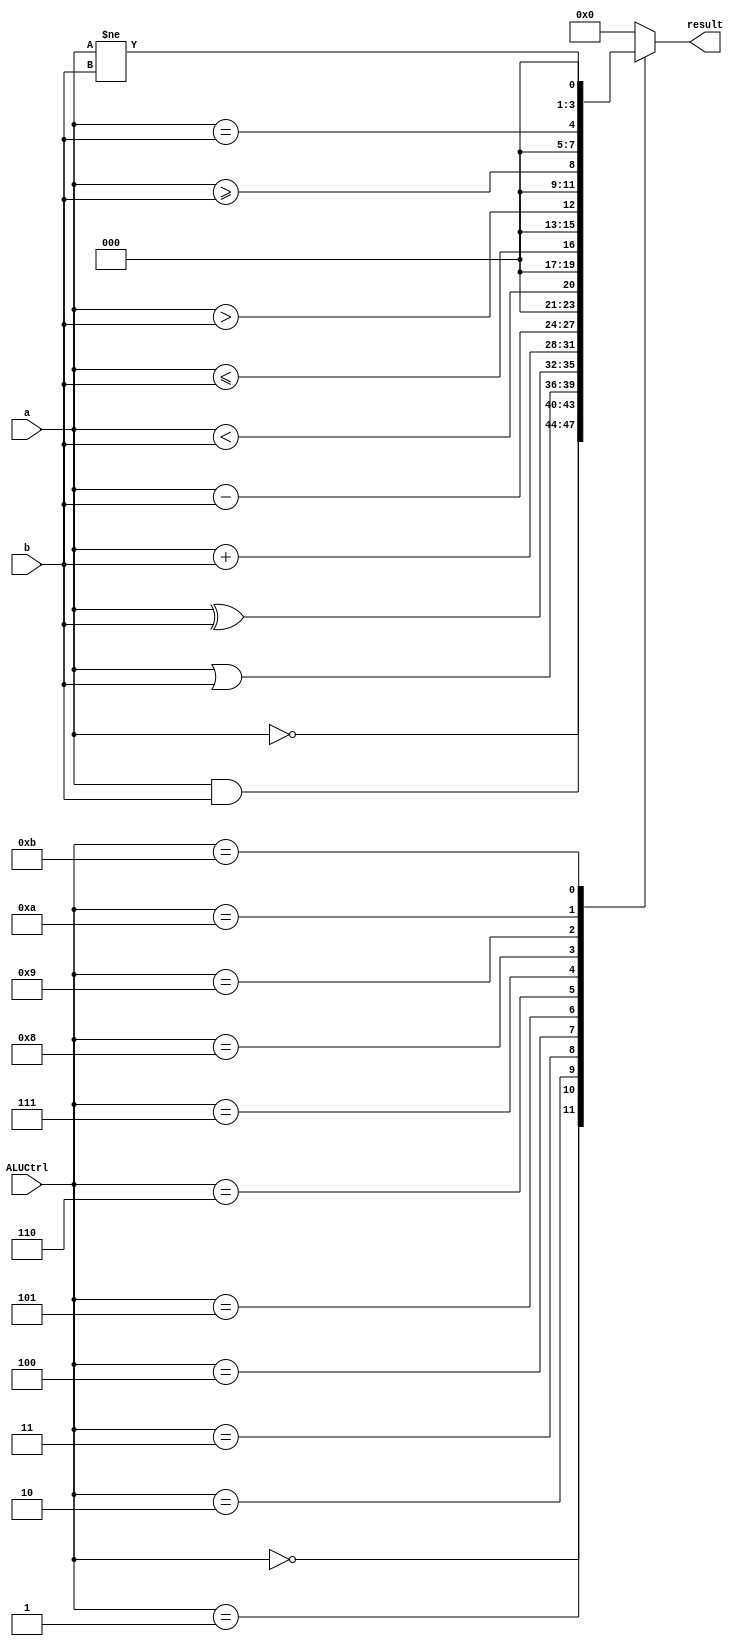
module ALU(a, b, ALUCtrl, result);
	
	parameter N = 4;
	
	parameter	ALUnot	=	4'b0000, // result = ~A;
				ALUand	=	4'b0001, // result = A & B;
				ALUor	=	4'b0010, // result = A | B; 
				ALUxor	=	4'b0011, // result = A ^ B;
				ALUadd	=	4'b0100, // result = A + B;
				ALUsub	=	4'b0101, // result = A - B; 
				ALUlt	=	4'b0110, // result = A < B;
				ALUlte	=	4'b0111, // result = A <= B; 
				ALUgt	=	4'b1000, // result = A > B;
				ALUgte	=	4'b1001, // result = A >= B;
				ALUe	=	4'b1010, // result = A == B;
				ALUne	=	4'b1011; // result = A != B;
				
	input [N-1:0] a, b;
	input [3:0] ALUCtrl;
	output reg [N-1:0] result;
	
	always @ *
	begin
		case(ALUCtrl)
			ALUnot:	result = ~a;
			ALUand:	result = a & b;
			ALUor:	result = a | b; 
			ALUxor:	result = a ^ b;
			ALUadd:	result = a + b;
			ALUsub:	result = a - b; 
			ALUlt:	result = a < b;
			ALUlte:	result = a <= b; 
			ALUgt:	result = a > b;
			ALUgte:	result = a >= b;
			ALUe:	result = a == b;
			ALUne:	result = a != b;
			default: result = {N{1'b0}};
		endcase
	end
	
endmodule